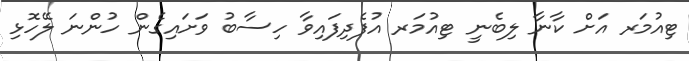
ޓިއުމަރ އަށް ކާނާ ލިބެނީ ޓިއުމަރ އުފެދިފައިވާ ހިސާބު ވަށައިގެން ހުންނަ ލޭހޮޅި